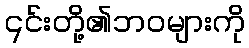
၎င်းတို့၏ဘဝများကို